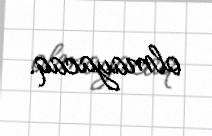
olmayacaq.